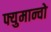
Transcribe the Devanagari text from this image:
फ्युमान्चो